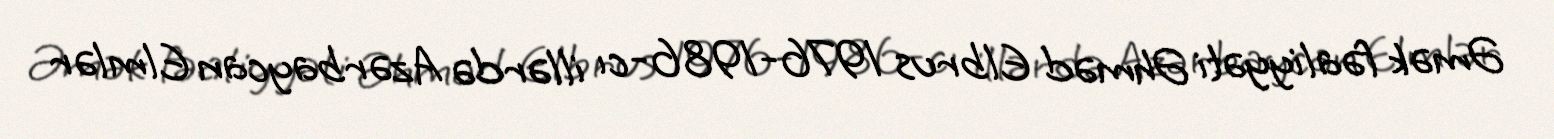
Əmək fəaliyyəti Əhməd Elbrus 1976-1986-cı illərdə Azərbaycan Elmlər